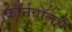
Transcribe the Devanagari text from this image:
कॉर्नवॉलचे